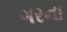
ગરના